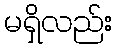
မရှိလည်း